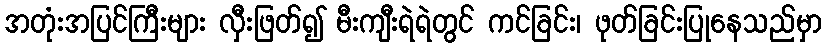
အတုံးအပြင်ကြီးများ လှီးဖြတ်၍ မီးကျီးရဲရဲတွင် ကင်ခြင်း၊ ဖုတ်ခြင်းပြုနေသည်မှာ